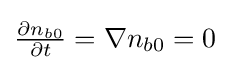
{\textstyle {\frac {\partial n_{b0}}{\partial t}}=\nabla n_{b0}=0}